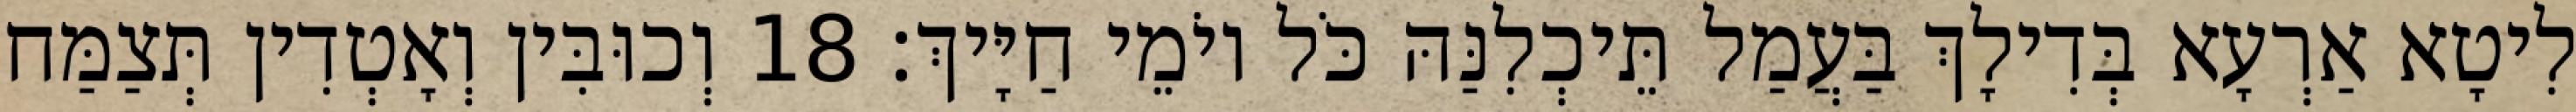
לִיטָא אַרְעָא בְּדִילָךְ בַּעֲמַל תֵּיכְלִנַּהּ כֹּל יוֹמֵי חַיָּיךְ׃ 18 וְכוּבִּין וְאָטְדִין תְּצַמַּח